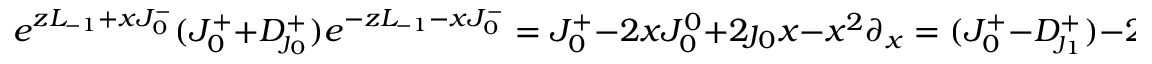
e ^ { z L _ { - 1 } + x J _ { 0 } ^ { - } } ( J _ { 0 } ^ { + } + D _ { \jmath _ { 0 } } ^ { + } ) e ^ { - z L _ { - 1 } - x J _ { 0 } ^ { - } } = J _ { 0 } ^ { + } - 2 x J _ { 0 } ^ { 0 } + 2 \jmath _ { 0 } x - x ^ { 2 } \partial _ { x } = ( J _ { 0 } ^ { + } - D _ { \jmath _ { 1 } } ^ { + } ) - 2 x ( J _ { 0 } ^ { 0 } - D _ { \jmath _ { 1 } } ^ { 0 } - \jmath _ { 0 } )